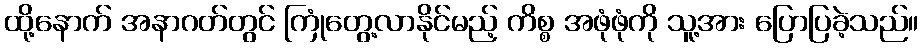
ထို့နောက် အနာဂတ်တွင် ကြုံတွေ့လာနိုင်မည့် ကိစ္စ အဖုံဖုံကို သူ့အား ပြောပြခဲ့သည်။